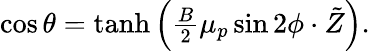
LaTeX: \begin{array}{r}{\cos\theta=\operatorname{tanh}\left(\frac{B}{2}\mu_{p}\sin 2\phi\cdot\tilde{Z}\right).}\end{array}